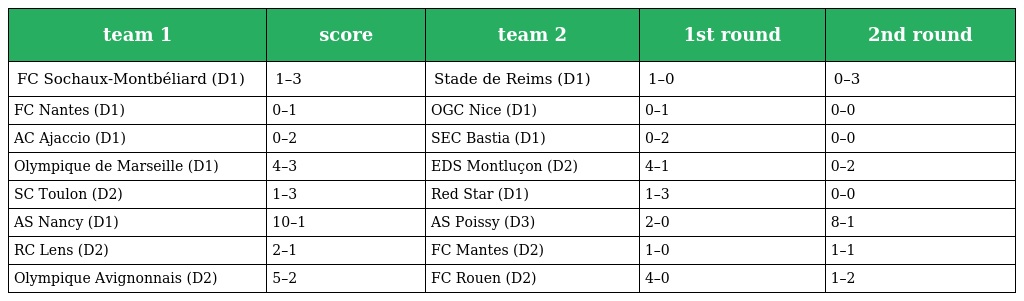
| team 1 | score | team 2 | 1st round | 2nd round |
 | --- | --- | --- | --- | --- |
 | FC Sochaux-Montbéliard (D1) | 1–3 | Stade de Reims (D1) | 1–0 | 0–3 |
 | FC Nantes (D1) | 0–1 | OGC Nice (D1) | 0–1 | 0–0 |
 | AC Ajaccio (D1) | 0–2 | SEC Bastia (D1) | 0–2 | 0–0 |
 | Olympique de Marseille (D1) | 4–3 | EDS Montluçon (D2) | 4–1 | 0–2 |
 | SC Toulon (D2) | 1–3 | Red Star (D1) | 1–3 | 0–0 |
 | AS Nancy (D1) | 10–1 | AS Poissy (D3) | 2–0 | 8–1 |
 | RC Lens (D2) | 2–1 | FC Mantes (D2) | 1–0 | 1–1 |
 | Olympique Avignonnais (D2) | 5–2 | FC Rouen (D2) | 4–0 | 1–2 |